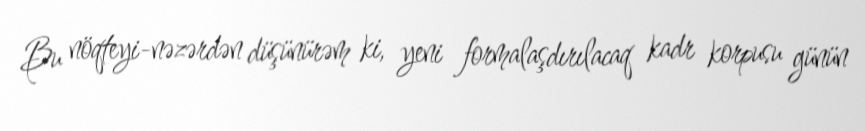
Bu nöqteyi-nəzərdən düşünürəm ki, yeni formalaşdırılacaq kadr korpusu günün